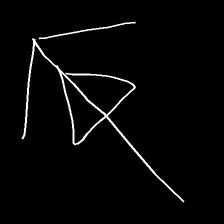
Glyph: pull